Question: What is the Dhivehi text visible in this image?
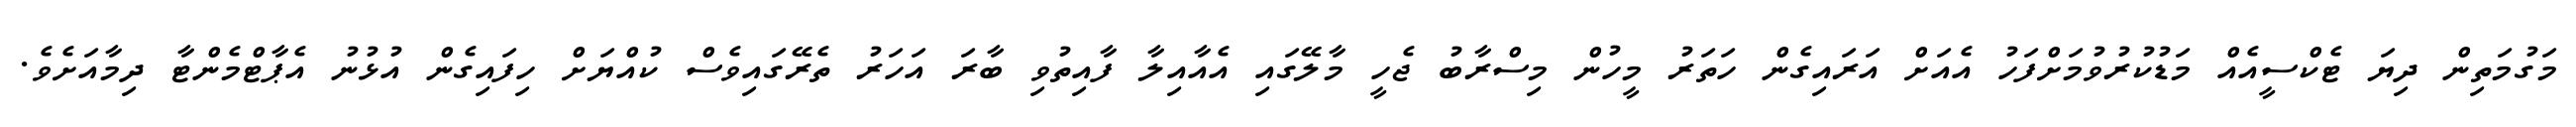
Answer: މަގުމަތިން ދިޔަ ޓެކްސީއެއް މަޑުކުރުވުމަށްފަހު އެއަށް އަރައިގެން ހަތަރު މީހުން މިސްރާބު ޖެހީ މާލޭގައި އެއާއިލާ ފާއިތުވި ބާރަ އަހަރު ތެރޭގައިވެސް ކުއްޔަށް ހިފައިގެން އުޅުނު އެޕާޓްމެންޓާ ދިމާއަށެވެ.